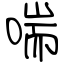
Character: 喘